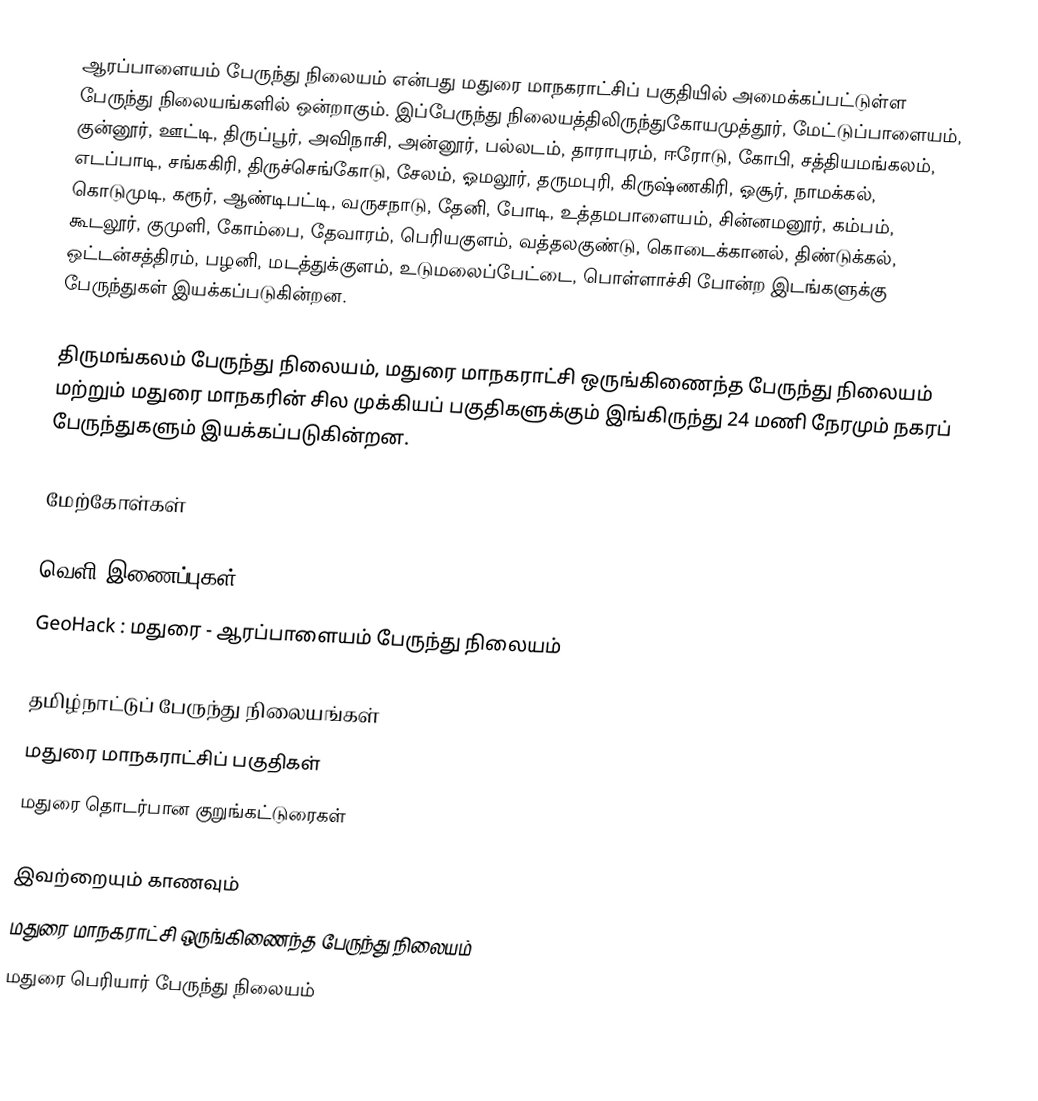
ஆரப்பாளையம் பேருந்து நிலையம் என்பது மதுரை மாநகராட்சிப் பகுதியில் அமைக்கப்பட்டுள்ள பேருந்து நிலையங்களில் ஒன்றாகும். இப்பேருந்து நிலையத்திலிருந்துகோயமுத்தூர், மேட்டுப்பாளையம், குன்னூர், ஊட்டி, திருப்பூர், அவிநாசி, அன்னூர், பல்லடம், தாராபுரம், ஈரோடு, கோபி, சத்தியமங்கலம், எடப்பாடி, சங்ககிரி, திருச்செங்கோடு, சேலம், ஓமலூர், தருமபுரி, கிருஷ்ணகிரி, ஓசூர், நாமக்கல், கொடுமுடி, கரூர், ஆண்டிபட்டி, வருசநாடு, தேனி, போடி, உத்தமபாளையம், சின்னமனூர், கம்பம், கூடலூர், குமுளி, கோம்பை, தேவாரம், பெரியகுளம், வத்தலகுண்டு, கொடைக்கானல், திண்டுக்கல், ஒட்டன்சத்திரம், பழனி, மடத்துக்குளம், உடுமலைப்பேட்டை, பொள்ளாச்சி போன்ற இடங்களுக்கு பேருந்துகள்  இயக்கப்படுகின்றன.

திருமங்கலம் பேருந்து நிலையம், மதுரை மாநகராட்சி ஒருங்கிணைந்த பேருந்து நிலையம் மற்றும் மதுரை மாநகரின் சில முக்கியப் பகுதிகளுக்கும் இங்கிருந்து 24 மணி நேரமும் நகரப் பேருந்துகளும் இயக்கப்படுகின்றன.

மேற்கோள்கள்

வெளி இணைப்புகள்
 GeoHack : மதுரை - ஆரப்பாளையம் பேருந்து நிலையம்

தமிழ்நாட்டுப் பேருந்து நிலையங்கள்
மதுரை மாநகராட்சிப் பகுதிகள்
மதுரை தொடர்பான குறுங்கட்டுரைகள்

இவற்றையும் காணவும்
 மதுரை மாநகராட்சி ஒருங்கிணைந்த பேருந்து நிலையம்
 மதுரை பெரியார் பேருந்து நிலையம்